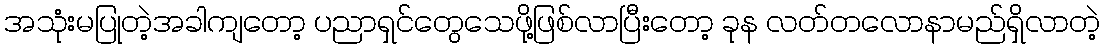
အသုံးမပြုတဲ့အခါကျတော့ ပညာရှင်တွေသေဖို့ဖြစ်လာပြီးတော့ ခုန လတ်တလောနာမည်ရှိလာတဲ့